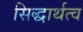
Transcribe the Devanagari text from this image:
सिद्धार्थत्व